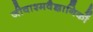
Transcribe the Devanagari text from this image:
जीवाश्मवैज्ञानिकों